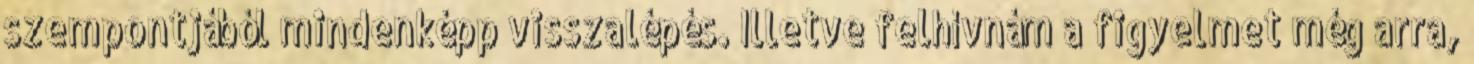
szempontjából mindenképp visszalépés. Illetve felhívnám a figyelmet még arra,